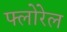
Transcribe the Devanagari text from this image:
फ्लोरेल